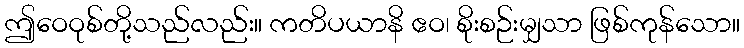
ဤဝေဝုစ်တို့သည်လည်း။ ကတိပယာနိ ဧဝ၊ စိုးစဉ်းမျှသာ ဖြစ်ကုန်သော။